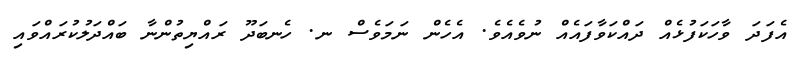
އެފަދަ ވާހަކަފުޅެއް ދައްކަވާފައެއް ނުވެއެވެ. އެހެން ނަމަވެސް ނ. ހެނބަދޫ ރައްޔިތުންނާ ބައްދަލުކުރައްވައި